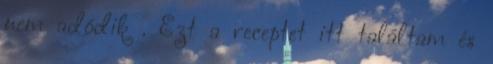
nem adódik . Ezt a receptet itt találtam és